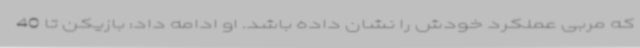
که مربی عملکرد خودش را نشان داده باشد. او ادامه داد:‌ بازیکن تا 40